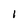
Character: I